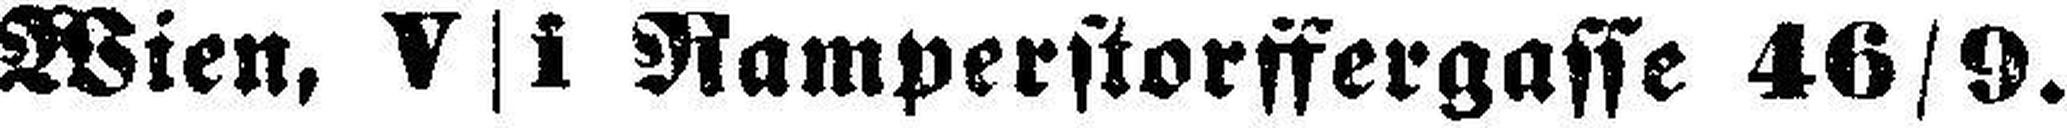
Wien, V|i Ramperstorffergasse 46/9.